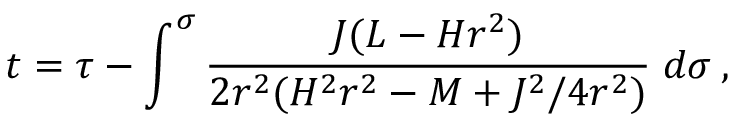
t = \tau - \int ^ { \sigma } \frac { J ( L - H r ^ { 2 } ) } { 2 r ^ { 2 } ( H ^ { 2 } r ^ { 2 } - M + J ^ { 2 } / 4 r ^ { 2 } ) } \; d \sigma \: ,